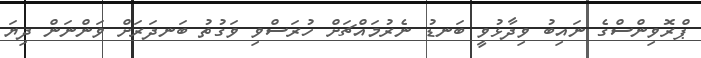
ޕްރޮވިންސްގެ ނައިބު ވިދާޅުވީ ބަނޑު ނެރުމައްޗަށް ހުރަސްވި ވަގުތު ބަނދަރަށް ވަންނަން ދިޔަ